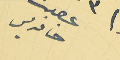
عضو حنا قديس